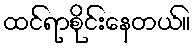
ထင်ရာစိုင်းနေတယ်။